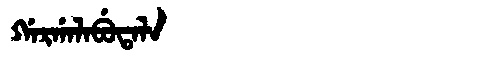
Manchu: ᡤᠠᡵᡤᠠᠯᠠᠪᡠᡨᠠᠯᠠ
Romanization: GARGALABUTALA